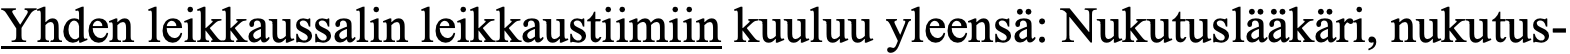
Yhden leikkaussalin leikkaustiimiin kuuluu yleensä: Nukutuslääkäri, nukutus-